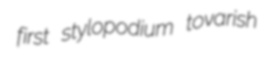
first stylopodium tovarish